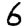
Digit: 6